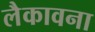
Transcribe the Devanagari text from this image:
लैकावना